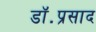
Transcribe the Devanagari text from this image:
डॉ॰प्रसाद